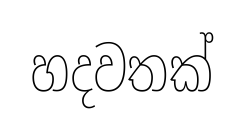
හදවතක්